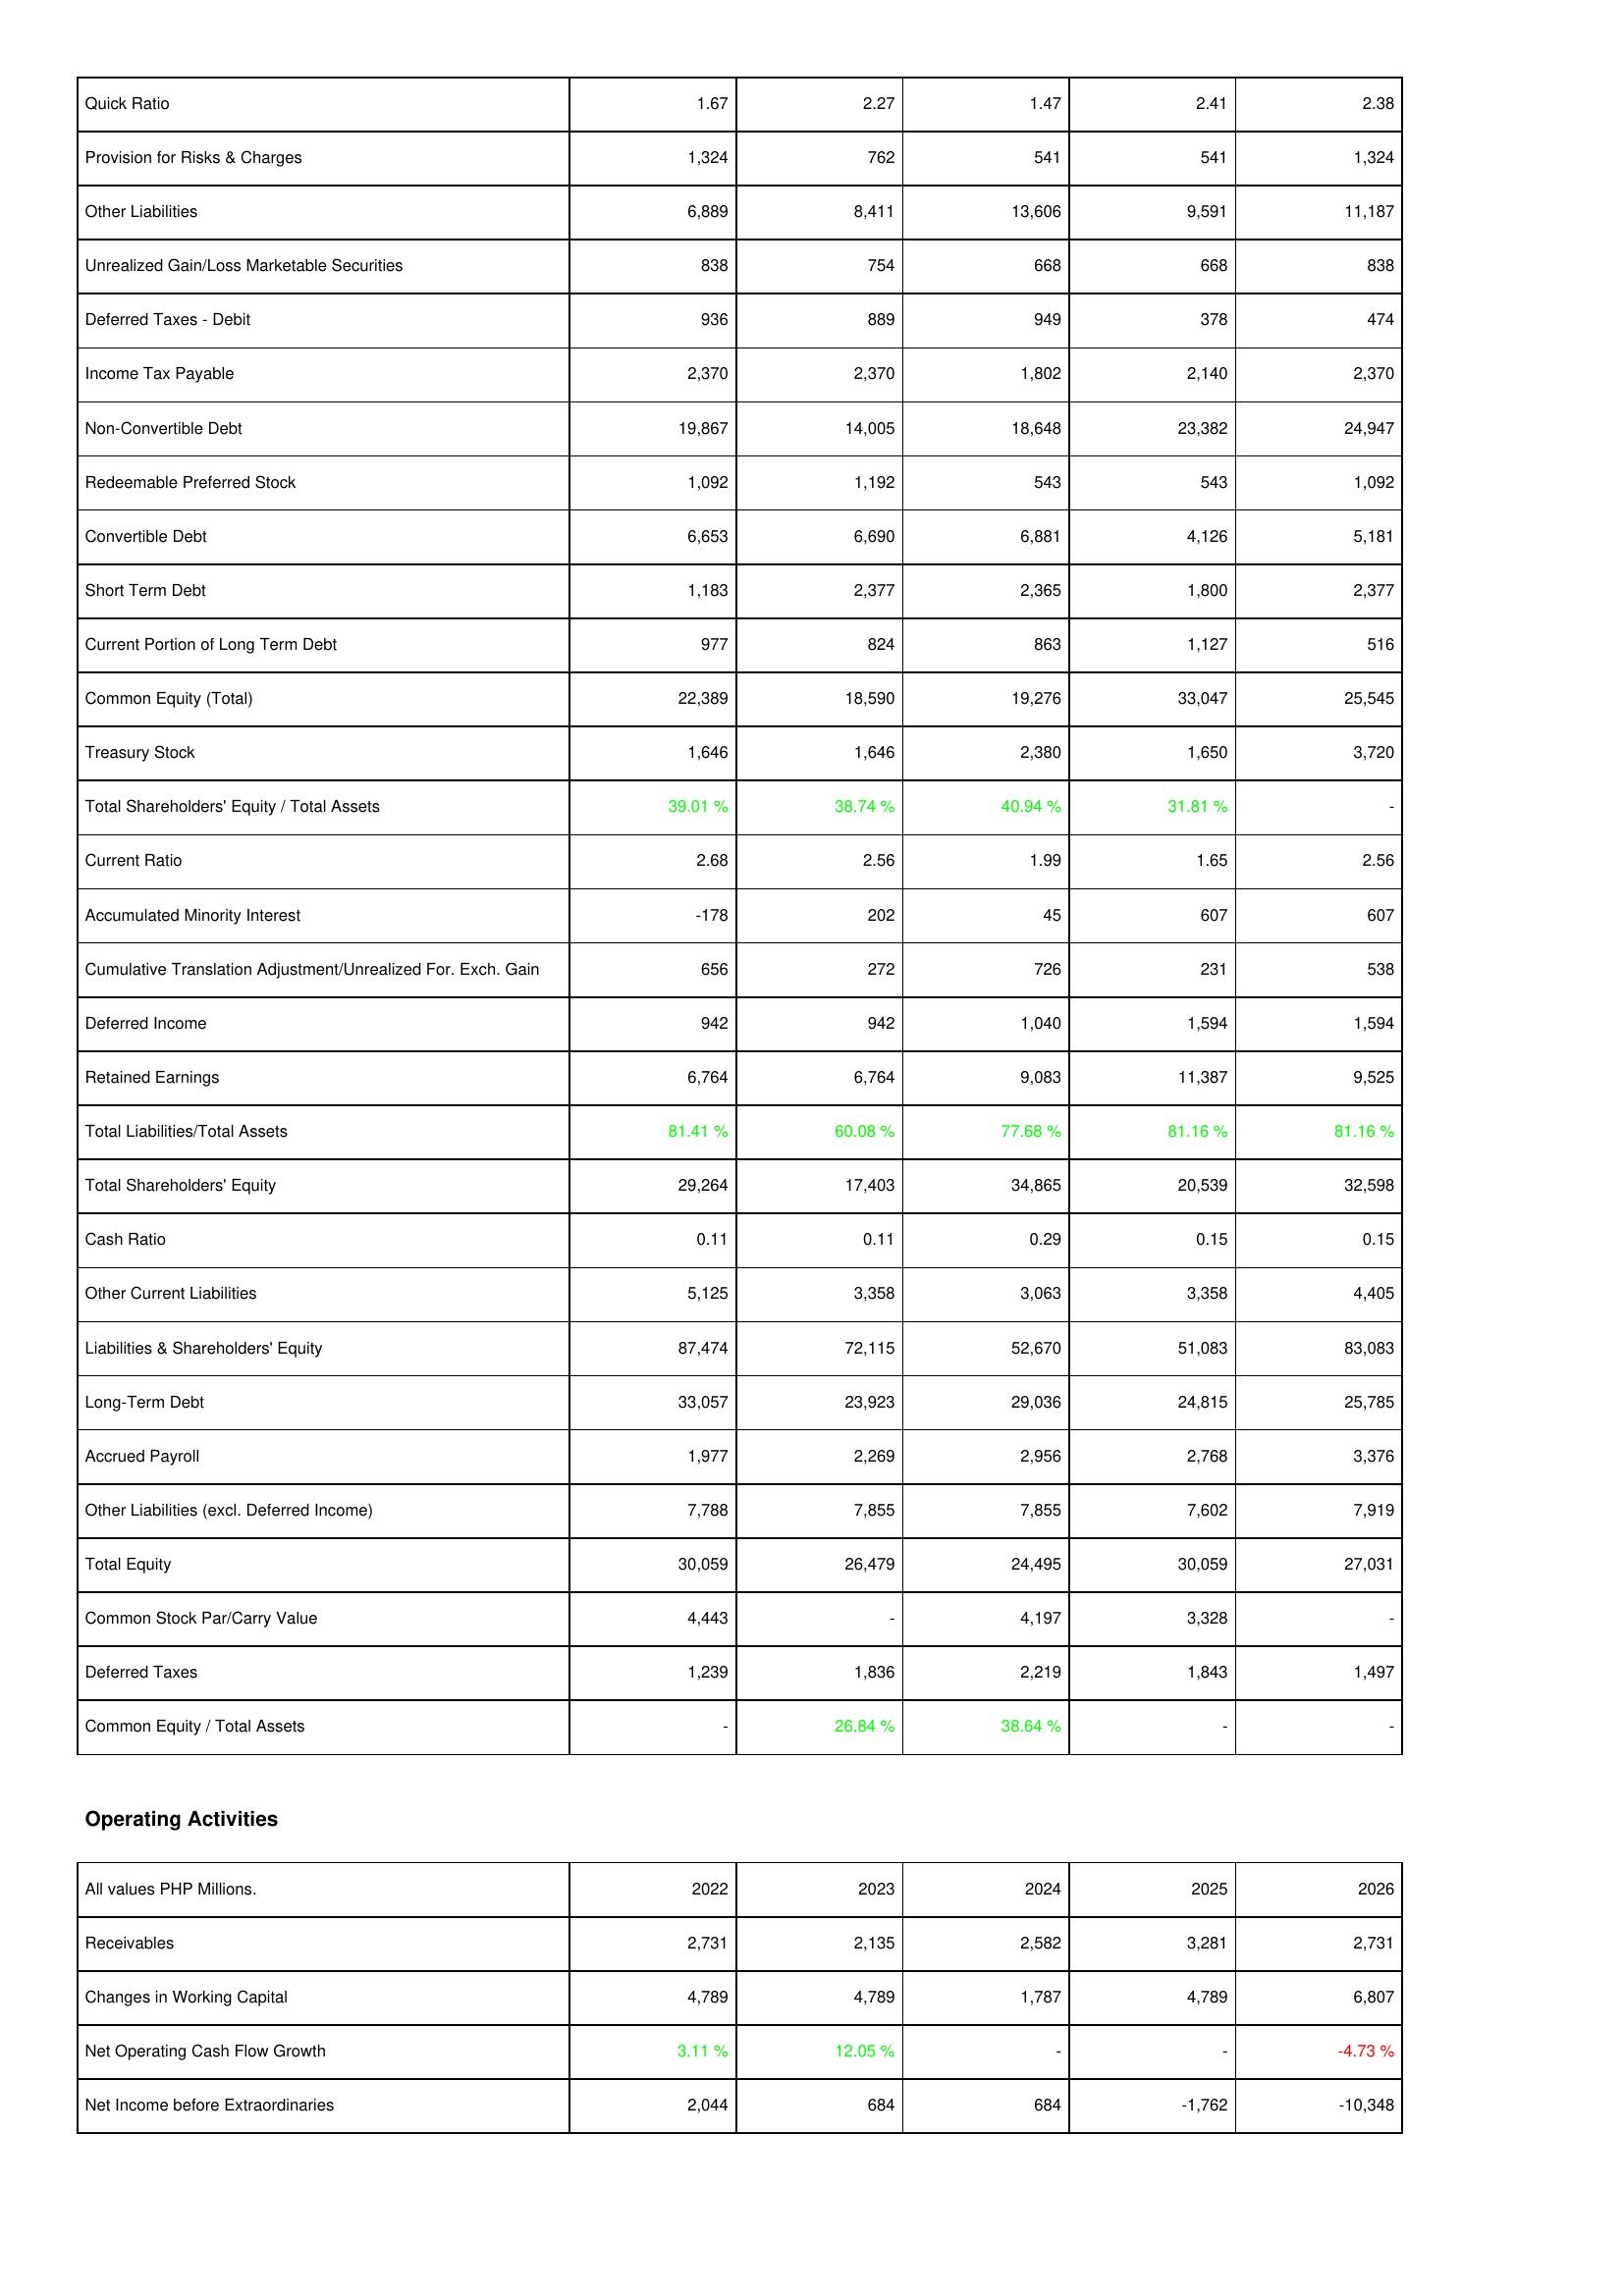
2022: Liabilities & Shareholders' Equity: Quick Ratio: 1.67
Provision for Risks & Charges: 1,324
Other Liabilities: 6,889
Unrealized Gain/Loss Marketable Securities: 838
Deferred Taxes - Debit: 936
Income Tax Payable: 2,370
Non-Convertible Debt: 19,867
Redeemable Preferred Stock: 1,092
Convertible Debt: 6,653
Short Term Debt: 1,183
Current Portion of Long Term Debt: 977
Common Equity (Total): 22,389
Treasury Stock: 1,646
Total Shareholders' Equity / Total Assets: 39.01 %
Current Ratio: 2.68
Accumulated Minority Interest: -178
Cumulative Translation Adjustment/Unrealized For. Exch. Gain: 656
Deferred Income: 942
Retained Earnings: 6,764
Total Liabilities/Total Assets: 81.41 %
Total Shareholders' Equity: 29,264
Cash Ratio: 0.11
Other Current Liabilities: 5,125
Liabilities & Shareholders' Equity: 87,474
Long-Term Debt: 33,057
Accrued Payroll: 1,977
Other Liabilities (excl. Deferred Income): 7,788
Total Equity: 30,059
Common Stock Par/Carry Value: 4,443
Deferred Taxes: 1,239
Common Equity / Total Assets: -
Operating Activities: Receivables: 2,731
Changes in Working Capital: 4,789
Net Operating Cash Flow Growth: 3.11 %
Net Income before Extraordinaries: 2,044
2023: Liabilities & Shareholders' Equity: Quick Ratio: 2.27
Provision for Risks & Charges: 762
Other Liabilities: 8,411
Unrealized Gain/Loss Marketable Securities: 754
Deferred Taxes - Debit: 889
Income Tax Payable: 2,370
Non-Convertible Debt: 14,005
Redeemable Preferred Stock: 1,192
Convertible Debt: 6,690
Short Term Debt: 2,377
Current Portion of Long Term Debt: 824
Common Equity (Total): 18,590
Treasury Stock: 1,646
Total Shareholders' Equity / Total Assets: 38.74 %
Current Ratio: 2.56
Accumulated Minority Interest: 202
Cumulative Translation Adjustment/Unrealized For. Exch. Gain: 272
Deferred Income: 942
Retained Earnings: 6,764
Total Liabilities/Total Assets: 60.08 %
Total Shareholders' Equity: 17,403
Cash Ratio: 0.11
Other Current Liabilities: 3,358
Liabilities & Shareholders' Equity: 72,115
Long-Term Debt: 23,923
Accrued Payroll: 2,269
Other Liabilities (excl. Deferred Income): 7,855
Total Equity: 26,479
Common Stock Par/Carry Value: -
Deferred Taxes: 1,836
Common Equity / Total Assets: 26.84 %
Operating Activities: Receivables: 2,135
Changes in Working Capital: 4,789
Net Operating Cash Flow Growth: 12.05 %
Net Income before Extraordinaries: 684
2024: Liabilities & Shareholders' Equity: Quick Ratio: 1.47
Provision for Risks & Charges: 541
Other Liabilities: 13,606
Unrealized Gain/Loss Marketable Securities: 668
Deferred Taxes - Debit: 949
Income Tax Payable: 1,802
Non-Convertible Debt: 18,648
Redeemable Preferred Stock: 543
Convertible Debt: 6,881
Short Term Debt: 2,365
Current Portion of Long Term Debt: 863
Common Equity (Total): 19,276
Treasury Stock: 2,380
Total Shareholders' Equity / Total Assets: 40.94 %
Current Ratio: 1.99
Accumulated Minority Interest: 45
Cumulative Translation Adjustment/Unrealized For. Exch. Gain: 726
Deferred Income: 1,040
Retained Earnings: 9,083
Total Liabilities/Total Assets: 77.68 %
Total Shareholders' Equity: 34,865
Cash Ratio: 0.29
Other Current Liabilities: 3,063
Liabilities & Shareholders' Equity: 52,670
Long-Term Debt: 29,036
Accrued Payroll: 2,956
Other Liabilities (excl. Deferred Income): 7,855
Total Equity: 24,495
Common Stock Par/Carry Value: 4,197
Deferred Taxes: 2,219
Common Equity / Total Assets: 38.64 %
Operating Activities: Receivables: 2,582
Changes in Working Capital: 1,787
Net Operating Cash Flow Growth: -
Net Income before Extraordinaries: 684
2025: Liabilities & Shareholders' Equity: Quick Ratio: 2.41
Provision for Risks & Charges: 541
Other Liabilities: 9,591
Unrealized Gain/Loss Marketable Securities: 668
Deferred Taxes - Debit: 378
Income Tax Payable: 2,140
Non-Convertible Debt: 23,382
Redeemable Preferred Stock: 543
Convertible Debt: 4,126
Short Term Debt: 1,800
Current Portion of Long Term Debt: 1,127
Common Equity (Total): 33,047
Treasury Stock: 1,650
Total Shareholders' Equity / Total Assets: 31.81 %
Current Ratio: 1.65
Accumulated Minority Interest: 607
Cumulative Translation Adjustment/Unrealized For. Exch. Gain: 231
Deferred Income: 1,594
Retained Earnings: 11,387
Total Liabilities/Total Assets: 81.16 %
Total Shareholders' Equity: 20,539
Cash Ratio: 0.15
Other Current Liabilities: 3,358
Liabilities & Shareholders' Equity: 51,083
Long-Term Debt: 24,815
Accrued Payroll: 2,768
Other Liabilities (excl. Deferred Income): 7,602
Total Equity: 30,059
Common Stock Par/Carry Value: 3,328
Deferred Taxes: 1,843
Common Equity / Total Assets: -
Operating Activities: Receivables: 3,281
Changes in Working Capital: 4,789
Net Operating Cash Flow Growth: -
Net Income before Extraordinaries: -1,762
2026: Liabilities & Shareholders' Equity: Quick Ratio: 2.38
Provision for Risks & Charges: 1,324
Other Liabilities: 11,187
Unrealized Gain/Loss Marketable Securities: 838
Deferred Taxes - Debit: 474
Income Tax Payable: 2,370
Non-Convertible Debt: 24,947
Redeemable Preferred Stock: 1,092
Convertible Debt: 5,181
Short Term Debt: 2,377
Current Portion of Long Term Debt: 516
Common Equity (Total): 25,545
Treasury Stock: 3,720
Total Shareholders' Equity / Total Assets: -
Current Ratio: 2.56
Accumulated Minority Interest: 607
Cumulative Translation Adjustment/Unrealized For. Exch. Gain: 538
Deferred Income: 1,594
Retained Earnings: 9,525
Total Liabilities/Total Assets: 81.16 %
Total Shareholders' Equity: 32,598
Cash Ratio: 0.15
Other Current Liabilities: 4,405
Liabilities & Shareholders' Equity: 83,083
Long-Term Debt: 25,785
Accrued Payroll: 3,376
Other Liabilities (excl. Deferred Income): 7,919
Total Equity: 27,031
Common Stock Par/Carry Value: -
Deferred Taxes: 1,497
Common Equity / Total Assets: -
Operating Activities: Receivables: 2,731
Changes in Working Capital: 6,807
Net Operating Cash Flow Growth: -4.73 %
Net Income before Extraordinaries: -10,348